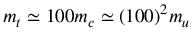
m _ { t } \simeq 1 0 0 m _ { c } \simeq ( 1 0 0 ) ^ { 2 } m _ { u }